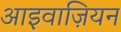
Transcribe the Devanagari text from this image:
आइवाज़ियन